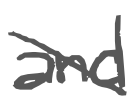
Text: and
Cross-out: diagonal
Writing tool: digital_gray